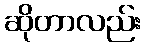
ဆိုတာလည်း